65_HS1-834228961_62-HQ-83894_Section_2
Agency: FBI
Page 171
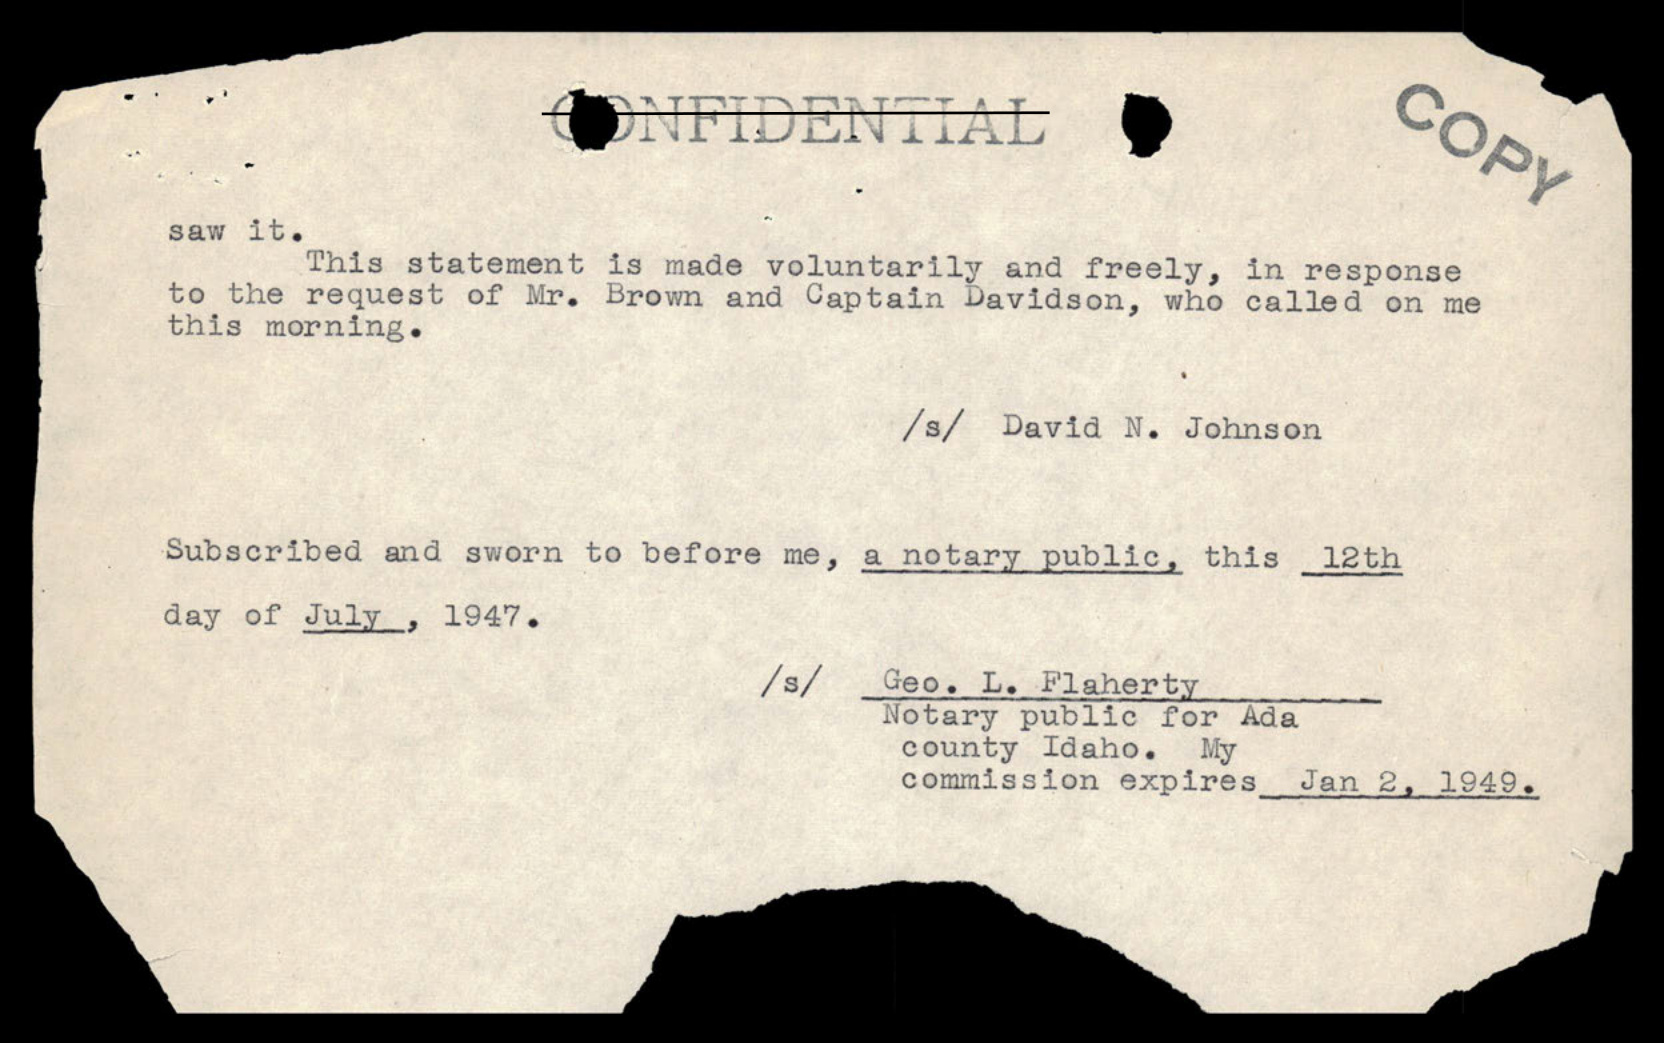